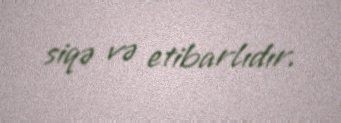
siqə və etibarlıdır.